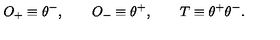
O _ { + } \equiv \theta ^ { - } , \qquad O _ { - } \equiv \theta ^ { + } , \qquad T \equiv \theta ^ { + } \theta ^ { - } .